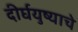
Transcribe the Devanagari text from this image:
दीर्घयुष्याचे